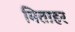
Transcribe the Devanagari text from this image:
मिताहर